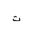
Letter: _ta